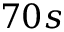
7 0 s